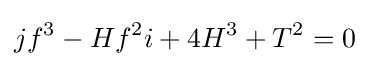
jf^{3}-Hf^{2}i+4H^{3}+T^{2}=0